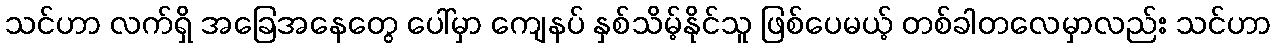
သင်ဟာ လက်ရှိ အခြေအနေတွေ ပေါ်မှာ ကျေနပ် နှစ်သိမ့်နိုင်သူ ဖြစ်ပေမယ့် တစ်ခါတလေမှာလည်း သင်ဟာ